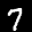
Label: 7